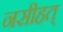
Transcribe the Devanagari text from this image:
नसीहत्